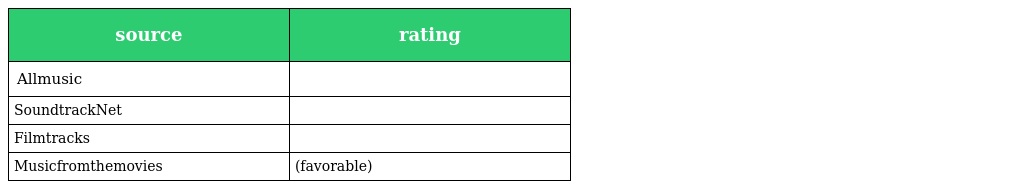
| source | rating |
 | --- | --- |
 | Allmusic |  |
 | SoundtrackNet |  |
 | Filmtracks |  |
 | Musicfromthemovies | (favorable) |